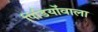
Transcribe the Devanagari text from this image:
पिंडियोंवाला